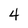
Character: 4